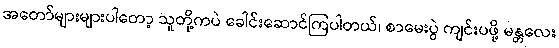
အတော်များများပါတော့ သူတို့ကပဲ ခေါင်းဆောင်ကြပါတယ်၊ စာမေးပွဲ ကျင်းပဖို့ မန္တလေး